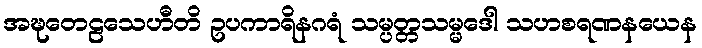
အဍ္ဎတေဠသေဟီတိ ဥပကာရိနဂရံ သမ္ပတ္တသမ္မဒေါ သဟစရဏနယေန